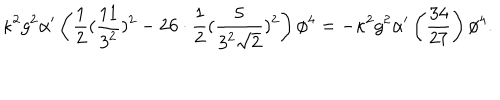
LaTeX: \kappa ^ { 2 } g ^ { 2 } \alpha ^ { \prime } \left( \frac { 1 } { 2 } ( \frac { 1 1 } { 3 ^ { 2 } } ) ^ { 2 } - 2 6 \cdot \frac { 1 } { 2 } ( \frac { 5 } { 3 ^ { 2 } \sqrt { 2 } } ) ^ { 2 } \right) \phi ^ { 4 } = - \kappa ^ { 2 } g ^ { 2 } \alpha ^ { \prime } \left( \frac { 3 4 } { 2 7 } \right) \phi ^ { 4 } .